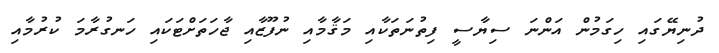
ދުނިޔޭގައި ހިގަމުން އަންނަ ސިޔާސީ ފިތުނަތަކާއި މަޤާމާއި ނުފޫޒާއި ޖާހަތަށްޓަކައި ހަނގުރާމަ ކުރުމާއި